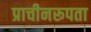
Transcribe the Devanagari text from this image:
प्राचीनरूपता